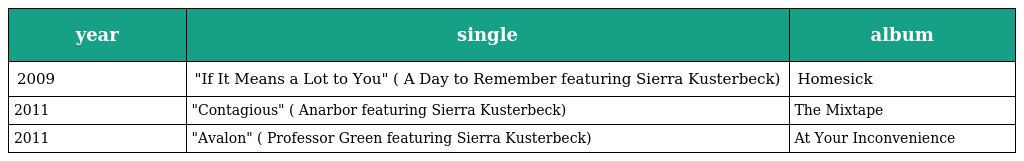
| year | single | album |
 | --- | --- | --- |
 | 2009 | "If It Means a Lot to You" ( A Day to Remember featuring Sierra Kusterbeck) | Homesick |
 | 2011 | "Contagious" ( Anarbor featuring Sierra Kusterbeck) | The Mixtape |
 | 2011 | "Avalon" ( Professor Green featuring Sierra Kusterbeck) | At Your Inconvenience |